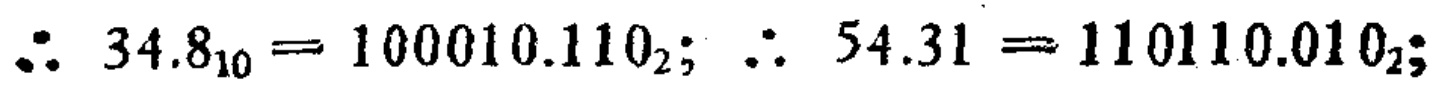
\(\therefore 34.8_{10}=100010.110_{2};\ \therefore 54.31 = 110110.010_{2};\)